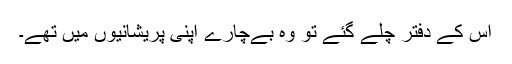
اس کے دفتر چلے گئے تو وہ بےچارے اپنی پریشانیوں میں تھے۔